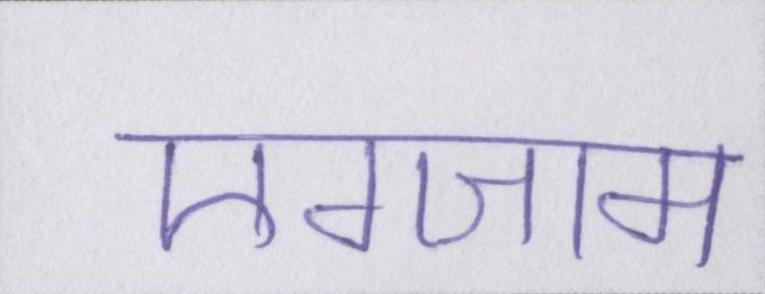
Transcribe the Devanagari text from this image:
एग्जाम